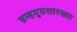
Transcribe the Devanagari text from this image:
ब्रम्हगुप्तसारख्या